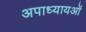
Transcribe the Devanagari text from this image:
अपाध्यायओं